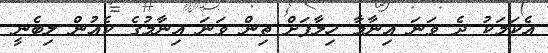
އެކަމަކު ދެ ވަނަ އިނާމާ ހިލާފަށް ތިން ވަނަ އިނާމުގެ ކެއުން ލިބެނީ